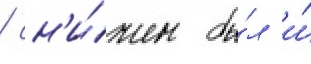
/ сн'и́жен бы́л и́